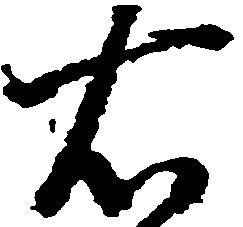
右